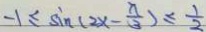
- 1 \leq \sin ( 2 x - \frac { x } { 3 } ) \leq \frac { 1 } { 2 }